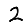
Digit: 2